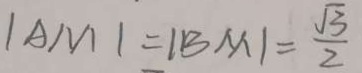
\vert A M \vert = \vert B M \vert = \frac { \sqrt { 3 } } { 2 }